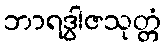
ဘာရဒွါဇသုတ္တံ